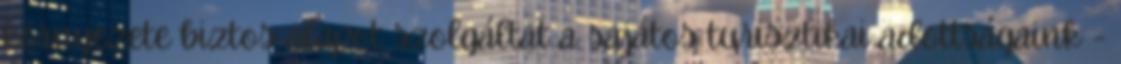
környezete biztos alapot szolgáltat a sajátos turisztikai adottságaink -